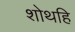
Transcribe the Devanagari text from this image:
शोथहि